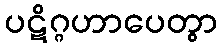
ပဋိဂ္ဂဟာပေတွာ